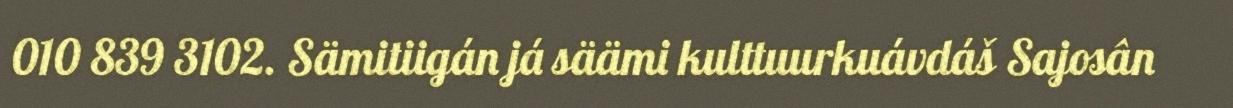
010 839 3102. Sämitiigán já säämi kulttuurkuávdáš Sajosân